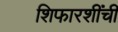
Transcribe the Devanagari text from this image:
शिफारशींची